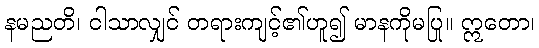
နမညတိ၊ ငါသာလျှင် တရားကျင့်၏ဟူ၍ မာနကိုမပြု။ ဣတော၊